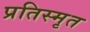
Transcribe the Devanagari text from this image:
प्रतिस्मृत